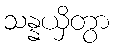
သန္နယှိတွာ